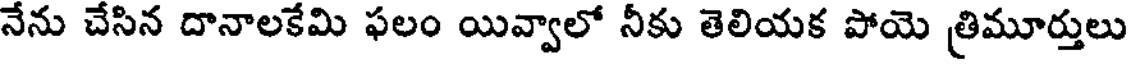
నేను చేసిన దానాలకేమి ఫలం యివ్వాలో నీకు తెలియక పోయె త్రిమూర్తులు